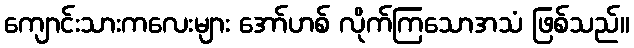
ကျောင်းသားကလေးများ အော်ဟစ် လိုက်ကြသောအသံ ဖြစ်သည်။